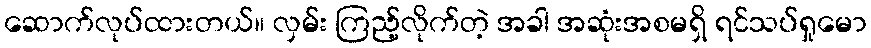
ဆောက်လုပ်ထားတယ်။ လှမ်း ကြည့်လိုက်တဲ့ အခါ အဆုံးအစမရှိ ရင်သပ်ရှုမော